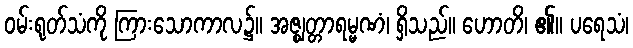
ဝမ်းရုတ်သံကို ကြားသောကာလ၌။ အဇ္ဈတ္တာရမ္မဏံ၊ ရှိသည်။ ဟောတိ၊ ၏။ ပရေသံ၊